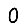
Digit: 0